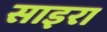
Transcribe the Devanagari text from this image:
साइरा